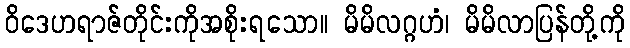
ဝိဒေဟရာဇ်တိုင်းကိုအစိုးရသော။ မိမိလဂ္ဂဟံ၊ မိမိလာပြန်တို့ကို